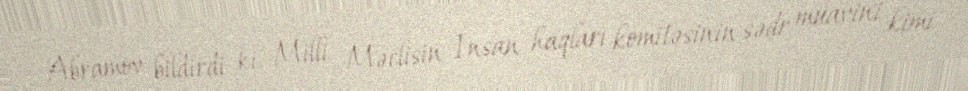
Abramov bildirdi ki, Milli Məclisin İnsan haqları komitəsinin sədr müavini kimi